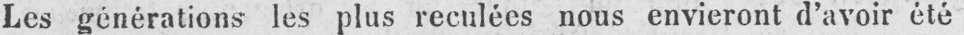
Les générations les plus reculées nous envieront d’avoir été